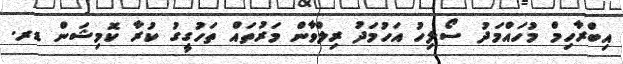
އިބްރާހިމް މުހައްމަދު ސޯލިހު އަހުމަދު ރިލްވާން މަރުތައް ތަހުގީގު ކުރާ ކޮމިޝަން ޑރ.